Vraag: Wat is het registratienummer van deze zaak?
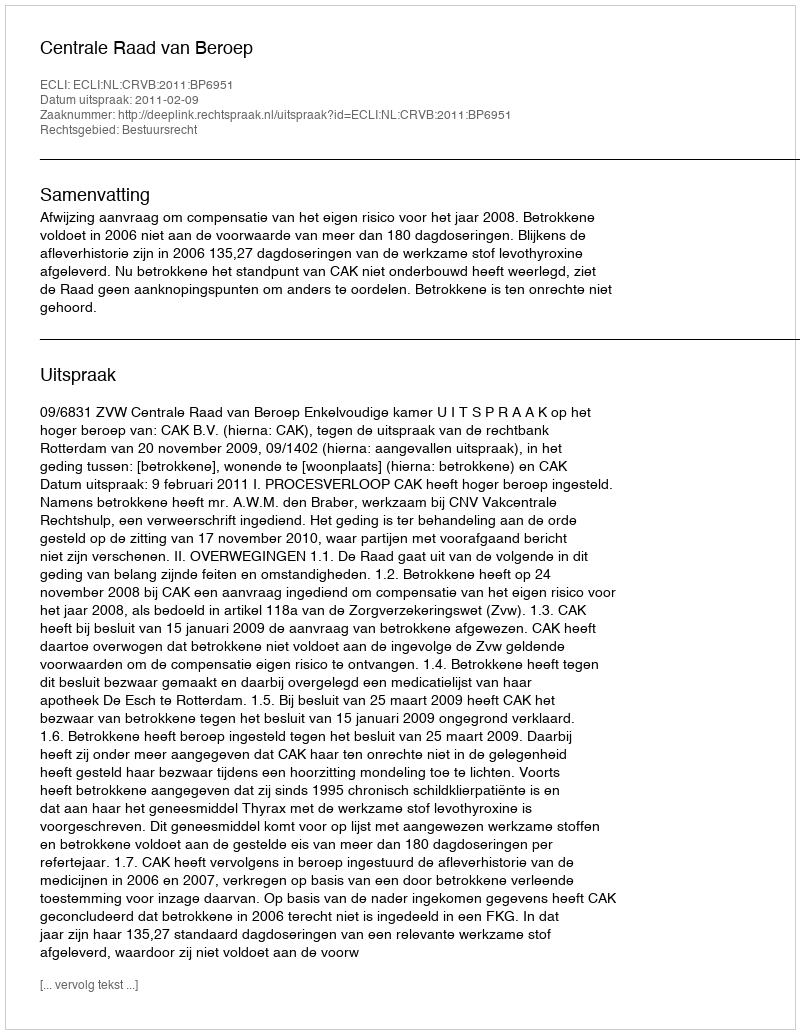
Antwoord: http://deeplink.rechtspraak.nl/uitspraak?id=ECLI:NL:CRVB:2011:BP6951